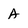
Character: A